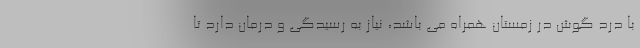
با درد گوش در زمستان همراه می باشد، نیاز به رسیدگی و درمان دارد تا